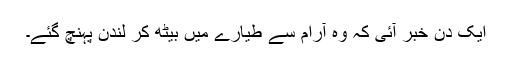
ایک دن خبر آئی کہ وہ آرام سے طیارے میں بیٹھ کر لندن پہنچ گئے۔